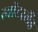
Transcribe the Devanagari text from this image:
स्‍वीटरलैंड